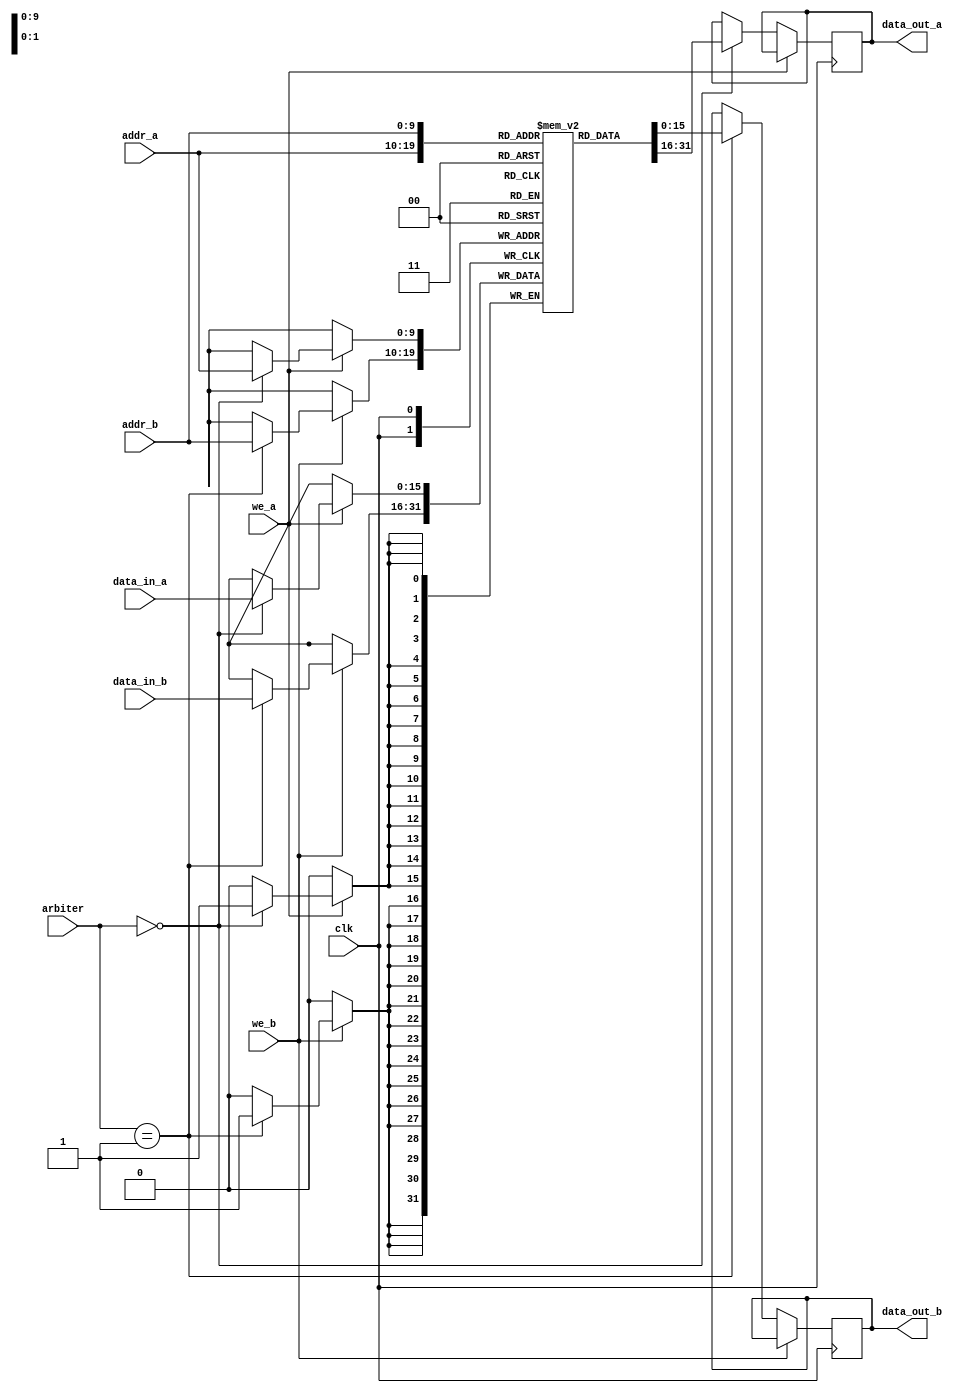
module dual_port_ram (
    input wire clk,
    input wire [9:0] addr_a,
    input wire [9:0] addr_b,
    input wire [15:0] data_in_a,
    input wire [15:0] data_in_b,
    input wire we_a,
    input wire we_b,
    input wire [1:0] arbiter,
    output reg [15:0] data_out_a,
    output reg [15:0] data_out_b
);

// Dual-port RAM array
reg [15:0] ram [0:1023];

always @ (posedge clk) begin
    // Read operation for port A
    if (!we_a) begin
        if (arbiter == 0)
            data_out_a <= ram[addr_a];
    end
    
    // Write operation for port A
    if (we_a) begin
        if (arbiter == 0)
            ram[addr_a] <= data_in_a;
    end
    
    // Read operation for port B
    if (!we_b) begin
        if (arbiter == 1)
            data_out_b <= ram[addr_b];
    end
    
    // Write operation for port B
    if (we_b) begin
        if (arbiter == 1)
            ram[addr_b] <= data_in_b;
    end
end

endmodule